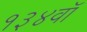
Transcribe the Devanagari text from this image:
१३४वॉ